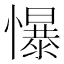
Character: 懪